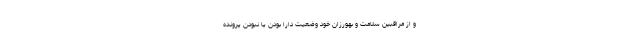
و از مراقبین سلامت و بهورزان خود وضعیت دارا بودن یا نبودن پرونده